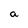
Character: a